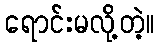
ရောင်းမလို့တဲ့။